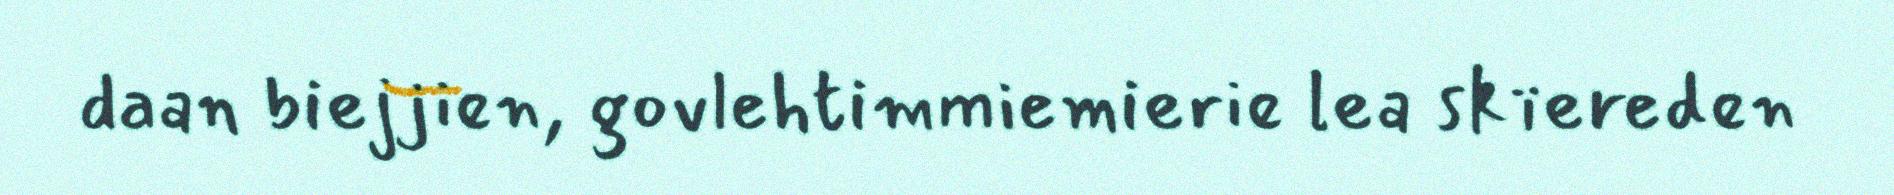
daan biejjien, govlehtimmiemierie lea skïereden